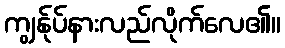
ကျွန်ုပ်နားလည်လိုက်လေ၏။